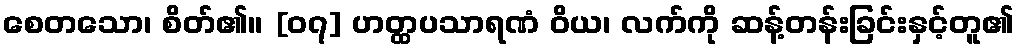
စေတသော၊ စိတ်၏။ [၀၇] ဟတ္ထပသာရဏံ ဝိယ၊ လက်ကို ဆန့်တန်းခြင်းနှင့်တူ၏